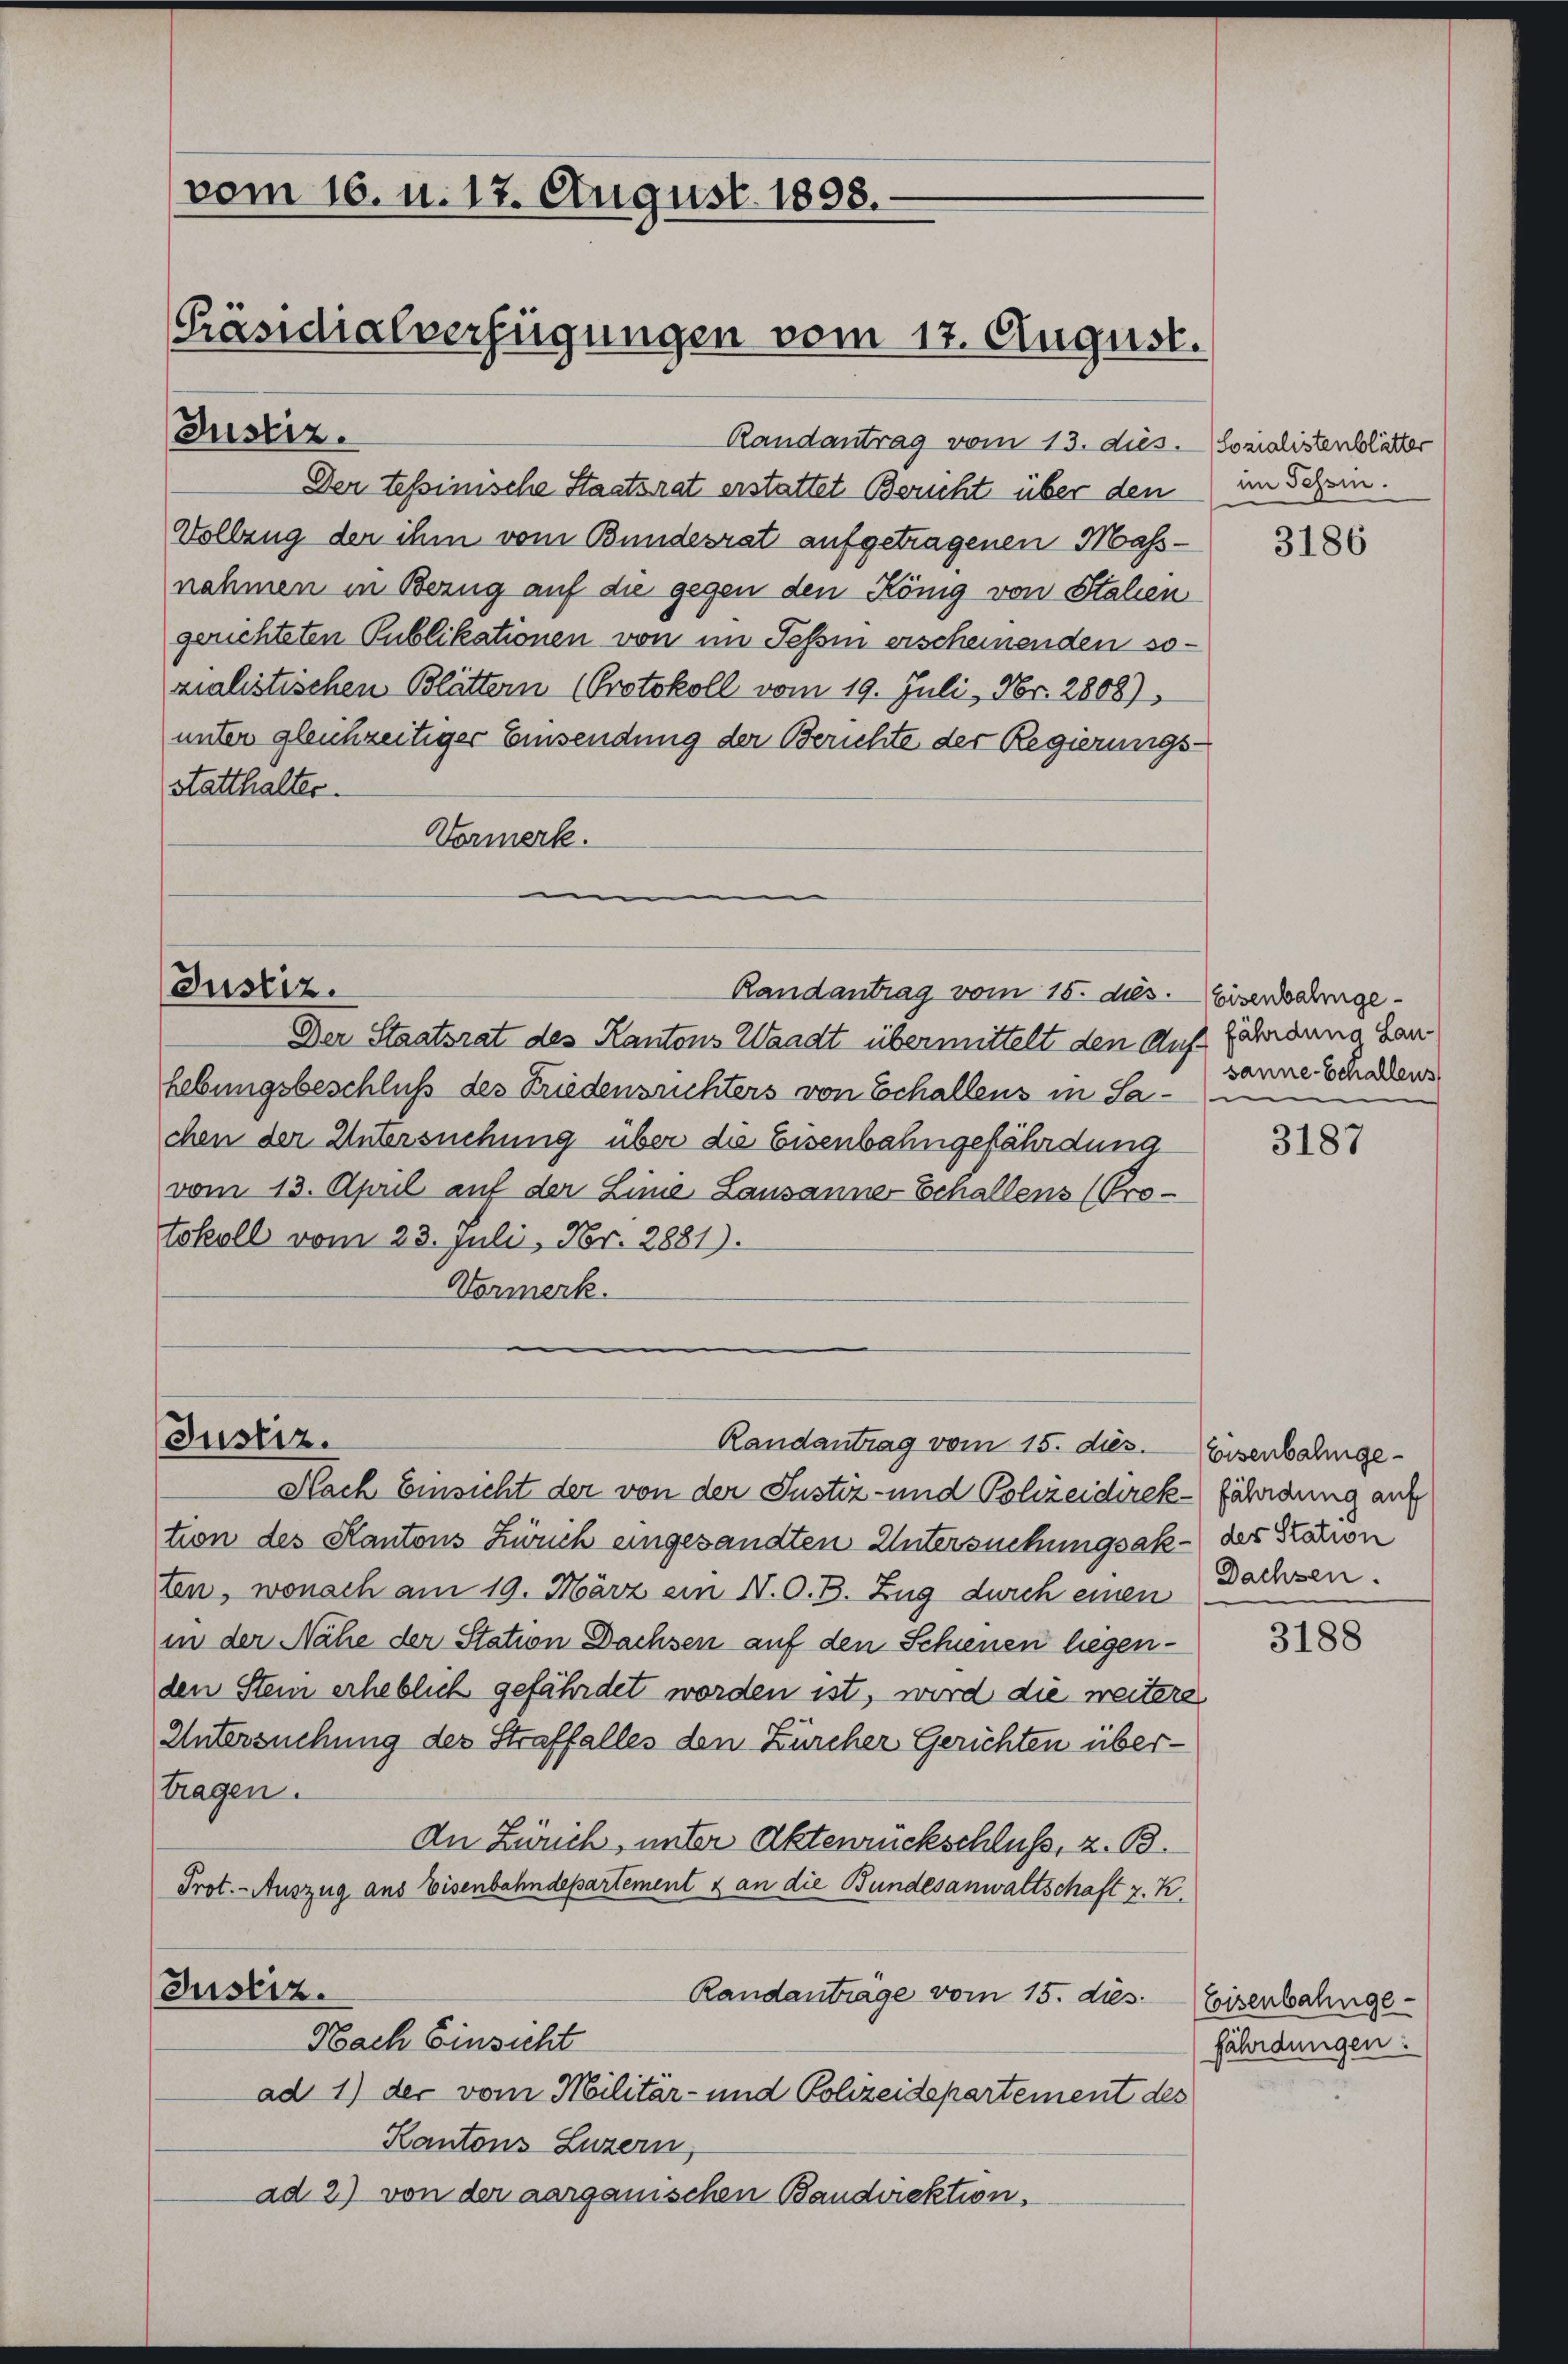
(vom 16. u. 17. August. 1898.
[Präsidialverfügungen vom 17. August.

Justiz.

Justiz.

Justiz.

Der Staatsrat des Kantons Waadt übermittelt den Auffährdung han
hebungsbeschluß des Friedensrichters von Echallens in Sachen der Untersuchung über die Eisenbahngefährdung
vom 13. April auf der Linie Lausanner Schallens (Protokoll vom 23. Juli, Nr. 2881).
Vormerk.

Randantrag vom 15. ds. Eisenbahnge¬

Randantrag vom 13. dus. Sozialistenblätter
Der tessinische Staatsrat erstattet Bericht über den im Schein.
Vollzug der ihm vom Bundesrat aufgetragenen Mass-
nahmen in Bezug auf die gegen den König von Stalien
gerichteten Publikationen von im Tessin erscheinenden sozialistischen Blättern (Protokoll vom 19. Juli, Nr. 2808),
unter gleichzeitiger Einsendung der Berichte der Regierungsstatthalter.
Vormerk.

Randantrag vom 15. dies.

Nach Einsicht der von der Justiz- und Polizeidirek-fährdung auf
tion des Kantons Zürich eingesandten Untersuchungsak - der Station
ten, wonach am 19. März ein N. O. B. Zug durch einen Dachsen.
in der Nähe der Station Dachsen auf den Schienen liegenden Stein erheblich gefährdet worden ist, wird die weitere
Untersuchung des Straffalles den Zürcher Gerichten übertragen.
An Zürich, unter Aktenrückschluß, z. B.
Prot. - Auszug aus Eisenbahndepartement & an die Bundesanwaltschaft z. K.
Justiz.
Randanträge vom 15. dies
Nach Einsicht
ad 1) der vom Militär- und Polizeidepartement des
Kantons Luzern,
ad 2) von der aarganischen Bandwiektion,

3186

sanne Schallens,
e

3187

Eisenbahnge¬

3188

Eisenbahngefährdungen: